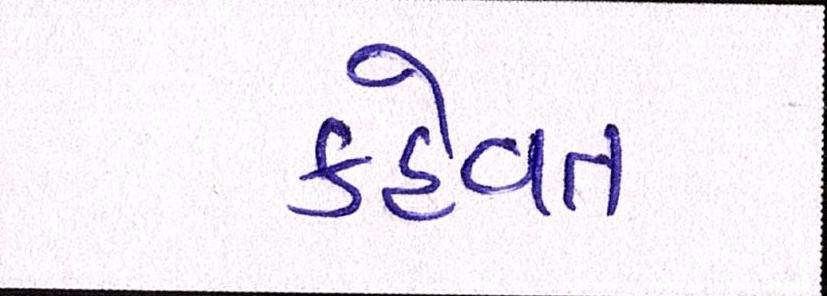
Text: કહેવત